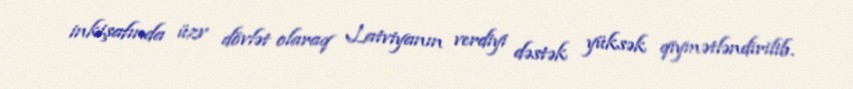
inkişafında üzv dövlət olaraq Latviyanın verdiyi dəstək yüksək qiymətləndirilib.